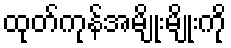
ထုတ်ကုန်အမျိုးမျိုးကို